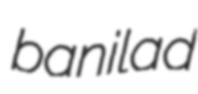
banilad